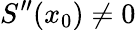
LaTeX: S^{\prime\prime}(x_{0})\neq 0